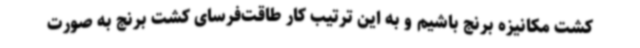
کشت مکانیزه برنج باشیم و به این ترتیب کار طاقت‌فرسای کشت برنج به صورت